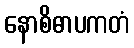
နောစိဓာပကတံ